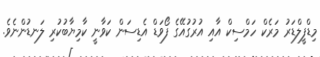
މިޑްފީލްޑަރު މަރެކް ހަމްސިކް އާއި އުރުގުއޭގެ ފޯވަޑް އެޑިސަން ކަވާނީ ކާމިޔާބުކުރި ލަނޑުންނެވެ.